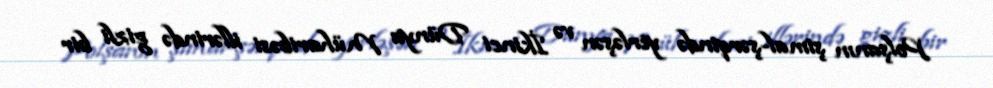
Polşanın şimal-şərqində yerləşən və İkinci Dünya Müharibəsi illərində gizli bir